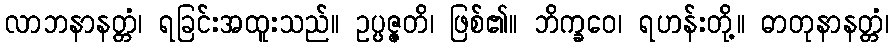
လာဘနာနတ္တံ၊ ရခြင်းအထူးသည်။ ဥပ္ပဇ္ဇတိ၊ ဖြစ်၏။ ဘိက္ခဝေ၊ ရဟန်းတို့။ ဓာတုနာနတ္တံ၊